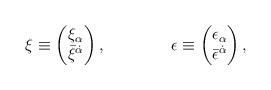
LaTeX: \begin{align*}\xi \equiv \begin{pmatrix} \xi_\alpha \\ \bar{\xi}^{\dot{\alpha}}\end{pmatrix}, \qquad \qquad \epsilon \equiv \begin{pmatrix}\epsilon_\alpha \\ \bar{\epsilon}^{\dot{\alpha}}\end{pmatrix},\end{align*}